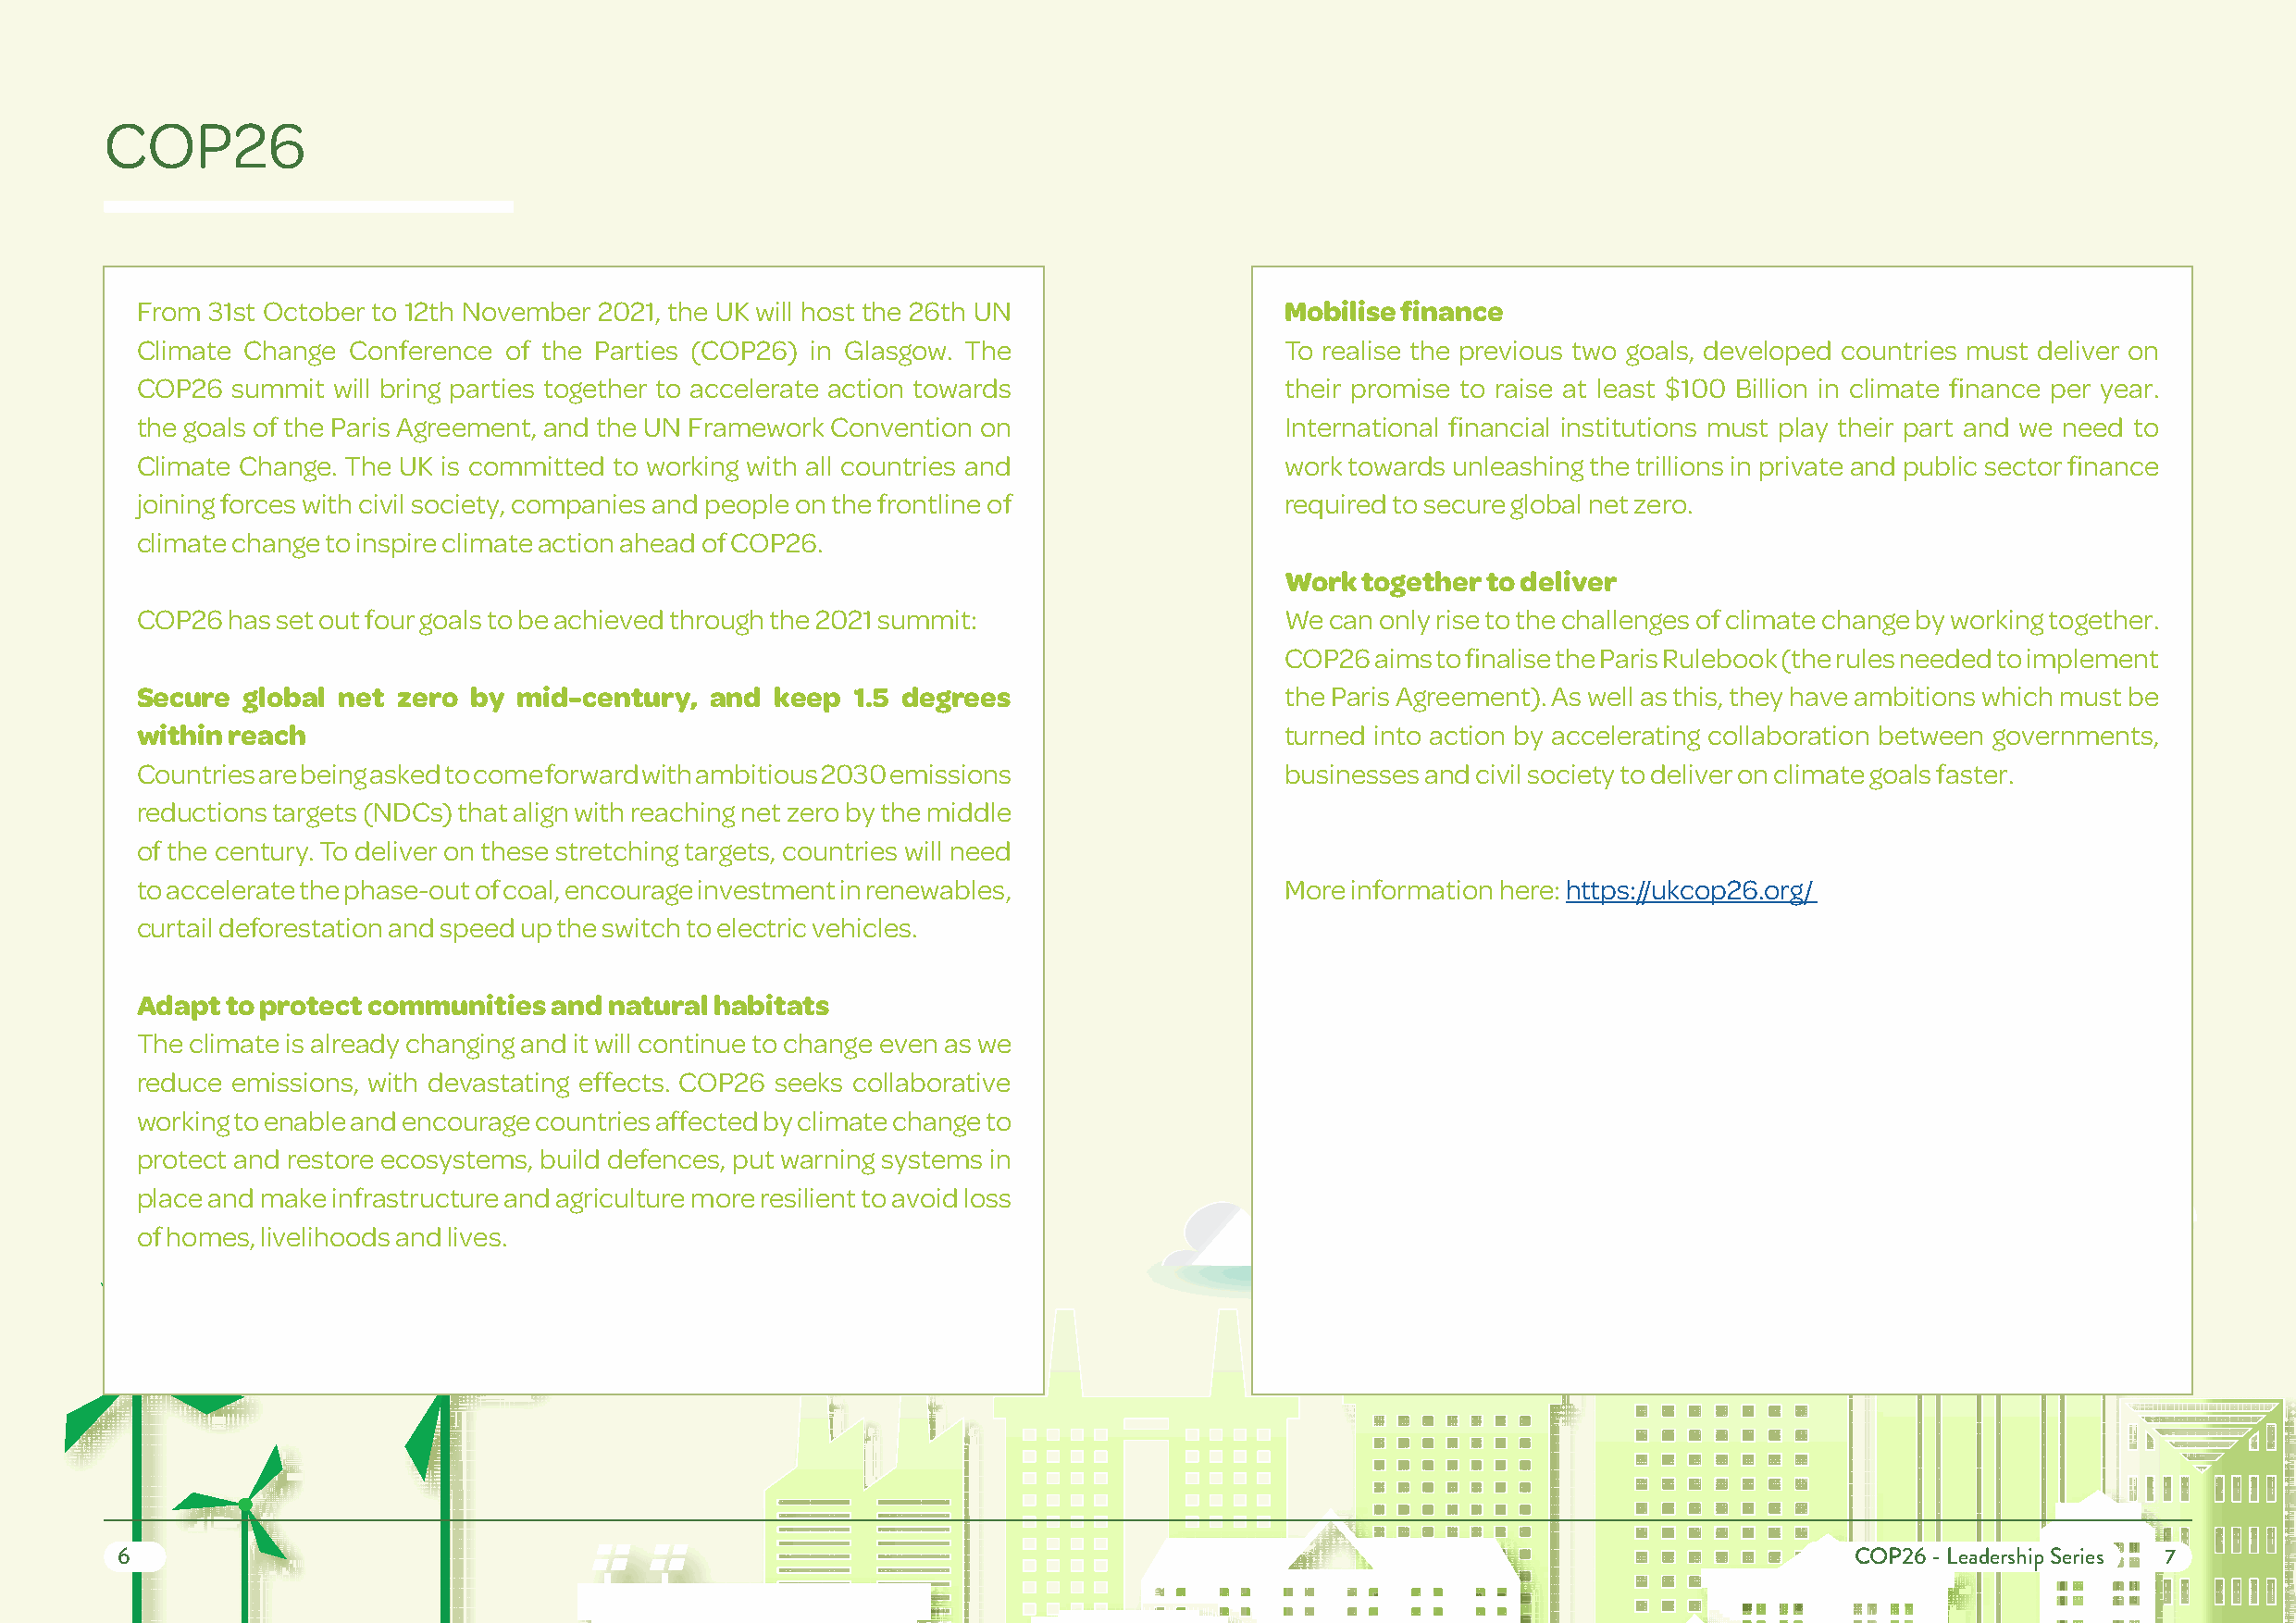
COP26
 From 31st October to 12th November 2021, the UK will host the 26th UN             Mobilise finance
 Climate Change Conference of the Parties (COP26) in Glasgow. The                  To realise the previous two goals, developed countries must deliver on
 COP26  summit will bring parties together to accelerate action towards            their promise to raise at least $100 Billion in climate finance per year.
 the goals of the Paris Agreement, and the UN Framework Convention on              International financial institutions must play their part and we need to
 Climate Change. The UK is committed to working with all countries and             work towards unleashing the trillions in private and public sector finance
 joining forces with civil society, companies and people on the frontline of       required to secure global net zero.
 climate change to inspire climate action ahead of COP26.
 Work together to deliver
 COP26 has set out four goals to be achieved through the 2021 summit:              We can only rise to the challenges of climate change by working together.
 COP26 aims to finalise the Paris Rulebook (the rules needed to implement
 Secure global net zero  by mid-century,  and keep  1.5 degrees                    the Paris Agreement). As well as this, they have ambitions which must be
 within reach                                                                      turned into action by accelerating collaboration between governments,
 Countries are being asked to come forward with ambitious 2030 emissions           businesses and civil society to deliver on climate goals faster.
 reductions targets (NDCs) that align with reaching net zero by the middle
 of the century. To deliver on these stretching targets, countries will need
 to accelerate the phase-out of coal, encourage investment in renewables,          More information here: https://ukcop26.org/
 curtail deforestation and speed up the switch to electric vehicles.
 Adapt to protect communities and natural habitats
 The climate is already changing and it will continue to change even as we
 reduce emissions, with devastating effects. COP26 seeks collaborative
 working to enable and encourage countries affected by climate change to
 protect and restore ecosystems, build defences, put warning systems in
 place and make infrastructure and agriculture more resilient to avoid loss
 of homes, livelihoods and lives.
 6                                                                                                                            COP26 - Leadership Series 7